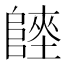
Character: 𨻏